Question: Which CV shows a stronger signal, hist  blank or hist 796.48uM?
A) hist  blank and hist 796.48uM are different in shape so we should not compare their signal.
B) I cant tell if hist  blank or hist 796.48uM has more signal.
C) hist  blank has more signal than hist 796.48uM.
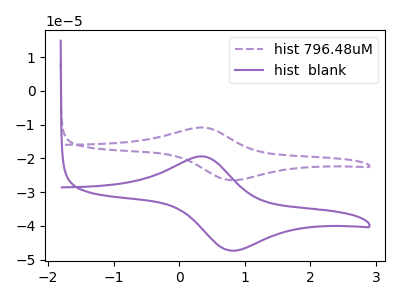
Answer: <think>The purple dashed curve "hist 796.48uM" has an anodic peak at (0.30V, -10.85uA) and a cathodic peak at (0.80V, -26.45uA). The purple curve "hist  blank" has an anodic peak at (0.30V, -19.40uA) and a cathodic peak at (0.80V, -47.30uA).
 All the peaks in "hist  blank" have a peak in "hist 796.48uM" at the same potential.</think>
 <answer>B) I cant tell if "hist  blank" or "hist 796.48uM" has more signal.</answer>
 <eval>B</eval>